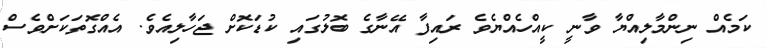
ކަމެއް ނިންމާލިއްޔާ ވާނީ ކީއްހެއްޔެވެ ރައިފާ އޭނާގެ ބޮލުގައި ކުޑަކޮށް ޖަހާލިއެވެ. އެއްގޮތަކަށްވެސް